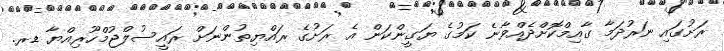
ރަށުގައި ނަރުދަމާ ގާއިމްކޮށްދެއްވާނެ ކަމުގެ ޔަގީންކަން އެ ރަށުގެ ރައްޔިތުންނަށް ރައީސުލްޖުމްހޫރިއްޔާ ޑރ.